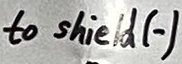
Text: to shield (-)